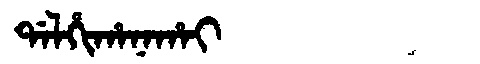
Manchu: ᡩᠠᠯᡥᡳᡥᠠᠨᠠᡥᠠᡳ
Romanization: DALHIHANAHAI